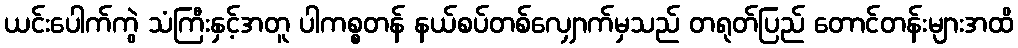
ယင်းပေါက်ကွဲ သံကြီးနှင့်အတူ ပါကစ္စတန် နယ်စပ်တစ်လျှောက်မှသည် တရုတ်ပြည် တောင်တန်းများအထိ